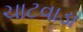
ચાટવાડા